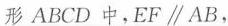
ABCD中，$$E F \parallel A B$$，